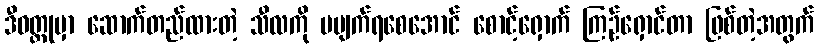
ဒီဝတ္ထုမှာ ဆောက်တည်ထားတဲ့ သီလကို မပျက်ရစေအောင် စောင့်ရှောက် ကြဉ်ရှောင်တာ ဖြစ်တဲ့အတွက်